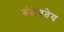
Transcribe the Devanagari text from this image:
रुंदावतेय